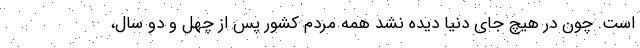
است. چون در هیچ جای دنیا دیده نشد همه مردم کشور پس از چهل و دو سال،